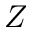
Z